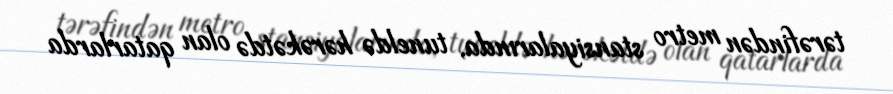
tərəfindən metro stansiyalarında, tuneldə hərəkətdə olan qatarlarda